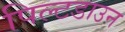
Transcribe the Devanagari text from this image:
पिल्टडाउन